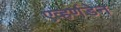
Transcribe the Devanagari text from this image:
एव्हर्णडेन